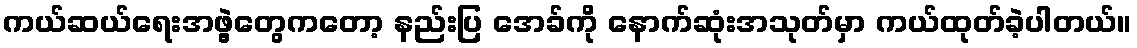
ကယ်ဆယ်ရေးအဖွဲ့တွေကတော့ နည်းပြ အေခ်ကို နောက်ဆုံးအသုတ်မှာ ကယ်ထုတ်ခဲ့ပါတယ်။